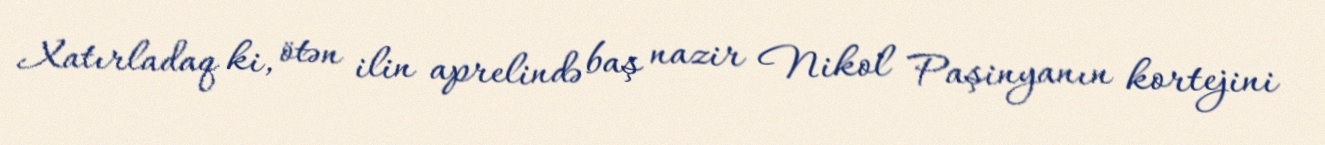
Xatırladaq ki, ötən ilin aprelində baş nazir Nikol Paşinyanın kortejini